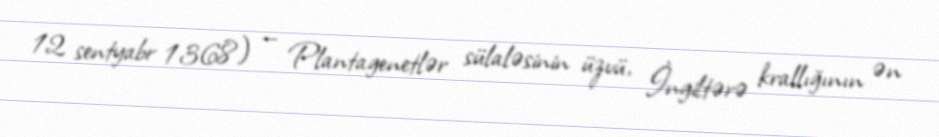
12 sentyabr 1368) — Plantagenetlər sülaləsinin üzvü, İngiltərə krallığının ən